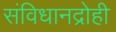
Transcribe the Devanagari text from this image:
संविधानद्रोही